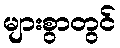
များစွာတွင်